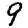
Digit: 9